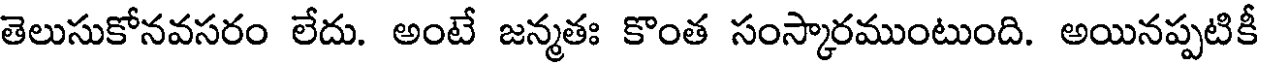
తెలుసుకోనవసరం లేదు. అంటే జన్మతః కొంత సంస్కారముంటుంది. అయినప్పటికీ